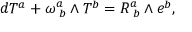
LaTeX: d T ^ { a } + \omega _ { \, \, b } ^ { a } \wedge T ^ { b } = R _ { \, \, b } ^ { a } \wedge e ^ { b } ,